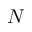
N